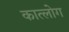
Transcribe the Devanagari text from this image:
कात्लोग